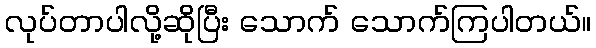
လုပ်တာပါလို့ဆိုပြီး သောက် သောက်ကြပါတယ်။